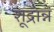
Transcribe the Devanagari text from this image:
शूद्रान्नं